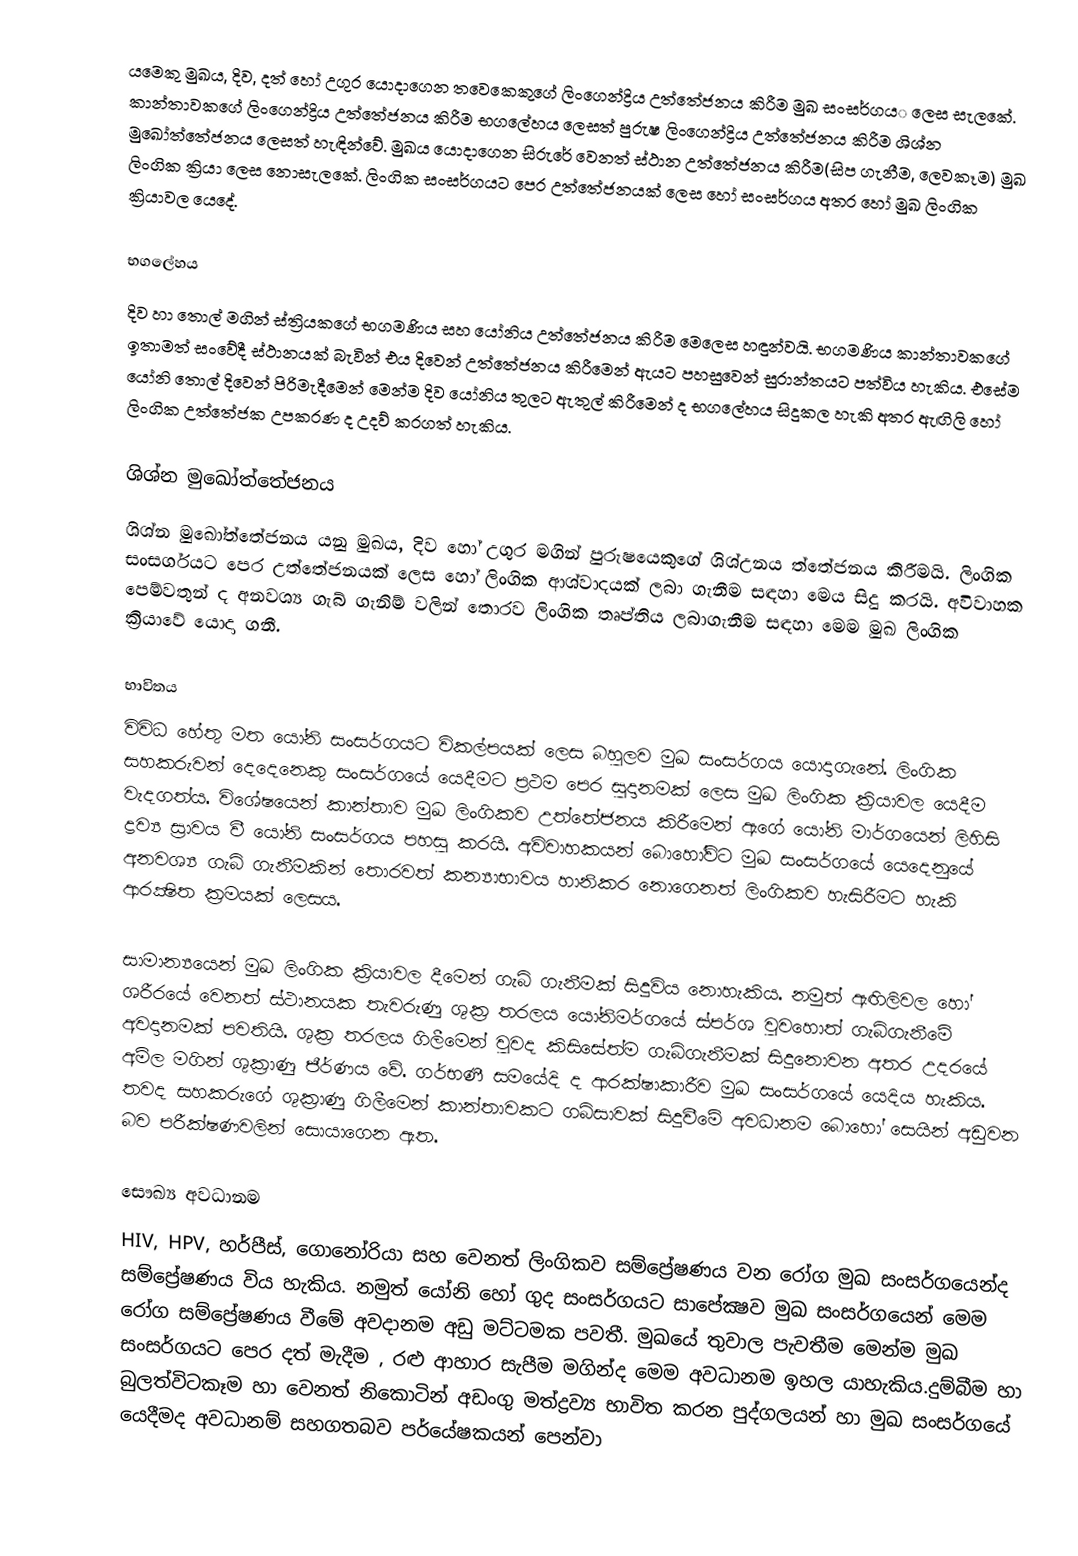
යමෙකු මුඛය, දිව,  දත් හෝ උගුර යොදාගෙන තවෙකෙකුගේ ලිංගෙන්ද්‍රිය උත්තේජනය කිරීම මුඛ සංසර්ගය​‌ ලෙස සැලකේ. කාන්තාවකගේ ලිංගෙන්ද්‍රිය උත්තේජනය කිරීම භගලේහය ලෙසත් පුරුෂ ලිංගෙන්ද්‍රිය උත්තේජනය කිරීම  ශිශ්න මුඛෝත්තේජනය ලෙසත් හැඳින්වේ. මුඛය යොදාගෙන සිරුරේ වෙනත් ස්ථාන උත්තේජනය කිරීම(සිප ගැනීම, ලෙවකෑම) මුඛ ලිංගික ක්‍රියා ලෙස නොසැලකේ. ලිංගික සංසර්ගයට පෙර උත්තේජනයක් ලෙස හෝ සංසර්ගය අතර හෝ මුඛ ලිංගික ක්‍රියාවල යෙදේ.

භගලේහය
දිව හා තොල් මගින් ස්ත්‍රියකගේ භගමණිය සහ යෝනිය උත්තේජනය කිරීම මෙලෙස හඳුන්වයි. භගමණිය කාන්තාවකගේ ඉතාමත් සංවේදී ස්ථානයක් බැවින් එය දිවෙන් උත්තේජනය කිරීමෙන් ඇයට පහසුවෙන් සුරාන්තයට පත්විය හැකිය. එසේම යෝනි තොල් දිවෙන් පිරිමැදීමෙන් මෙන්ම දිව යෝනිය තුලට ඇතුල් කිරීමෙන් ද භගලේහය සිදුකල හැකි අතර ඇඟිලි හෝ ලිංගික උත්තේජක උපකරණ ද උදව් කරගත් හැකිය.

ශිශ්න මුඛෝත්තේජනය
ශිශ්න මුඛෝත්තේජනය යනු මුඛය, දිව හෝ උගුර මගින් පුරුෂයෙකුගේ ශිශ්උනය ත්තේජනය කිරීමයි. ලිංගික සංසර්ගයට පෙර උත්තේජනයක් ලෙස හෝ ලිංගික ආශ්වාදයක් ලබා ගැනීම සඳහා මෙය සිදු කරයි. අවිවාහක පෙම්වතුන් ද අනවශ්‍ය ගැබ් ගැනිම් වලින් තොරව ලිංගික තෘප්තිය ලබාගැනීම සඳහා මෙම මුඛ ලිංගික ක්‍රියාවේ යොදා ගනී.

භාවිතය
විවිධ හේතු මත යෝනි සංසර්ගයට විකල්පයක් ලෙස බහුලව මුඛ සංසර්ගය යොදාගැනේ. ලිංගික සහකරුවන් දෙදෙනෙකු සංසර්ගයේ යෙදීමට ප්‍රථම පෙර සුදානමක් ලෙස මුඛ ලිංගික ක්‍රියාවල යෙදීම වැදගත්ය. විශේෂයෙන් කාන්තාව මුඛ ලිංගිකව උත්තේජනය කිරීමෙන් ඇගේ යෝනි මාර්ගයෙන් ලිහිසි ද්‍රව්‍ය ස්‍රාවය වී යෝනි සංසර්ගය පහසු කරයි. අවිවාහකයන් බොහෝවිට  මුඛ සංසර්ගයේ යෙදෙනුයේ අනවශ්‍ය ගැබ් ගැනීමකින් තොරවත් කන්‍යාභාවය හානිකර නොගෙනත් ලිංගිකව හැසිරීමට හැකි ආරක්‍ෂිත ක්‍රමයක් ලෙසය.

සාමාන්‍යයෙන් මුඛ ලිංගික ක්‍රියාවල දීමෙන් ගැබ් ගැනීමක් සිදුවිය නොහැකිය. නමුත් ඇඟිලිවල හෝ ශරීරයේ වෙනත් ස්ථානයක තැවරුණු ශුක්‍ර තරලය යෝනිමර්ගයේ ස්පර්ශ වුවහොත් ගැබ්ගැනීමේ අවදානමක් පවතියි. ශුක්‍ර තරලය ගිලීමෙන් වුවද කිසිසේත්ම ගැබ්ගැනීමක් සිදුනොවන අතර උදරයේ අම්ල මගින් ශුක්‍රාණු ජීර්ණය වේ. ගර්භණී සමයේදි ද ආරක්ෂාකාරීව මුඛ සංසර්ගයේ යෙදිය හැකිය. තවද සහකරුගේ ශුක්‍රාණු ගිලීමෙන් කාන්තාවකට ගබ්සාවක් සිදුවීමේ අවධානම බොහෝ සෙයින් අඩුවන බව පරීක්ෂණවලින් සොයාගෙන ඇත.

සෞඛ්‍ය අවධානම
HIV, HPV, හර්පීස්,  ගොනෝරියා සහ වෙනත් ලිංගිකව සම්ප්‍රේෂණය වන රෝග මුඛ  සංසර්ගයෙන්ද සම්ප්‍රේෂණය විය හැකිය. නමුත් යෝනි හෝ ගුද සංසර්ගයට සාපේක්‍ෂව මුඛ  සංසර්ගයෙන් මෙම රෝග සම්ප්‍රේෂණය වීමේ අවදානම අඩු මට්ටමක පවතී. මුඛයේ තුවාල පැවතීම මෙන්ම මුඛ  සංසර්ගයට පෙර දත් මැදීම , රළු ආහාර සැපීම මගින්ද මෙම අවධානම ඉහල යාහැකිය.දුම්බීම හා බුලත්විටකෑම හා වෙනත් නිකොටින් අඩංගු මත්ද්‍රව්‍ය භාවිත කරන පුද්ගලයන් හා මුඛ සංසර්ගයේ යෙදීමද අවධානම් සහගතබව පර්යේෂකයන් පෙන්වා